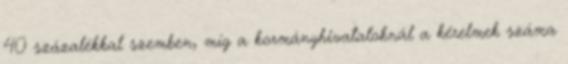
40 százalékkal szemben, míg a kormányhivataloknál a kérelmek száma